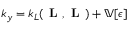
k _ { y } = k _ { L } ( \textbf { L } , \textbf { L } ) + \mathbb { V } [ \boldsymbol { \epsilon } ]